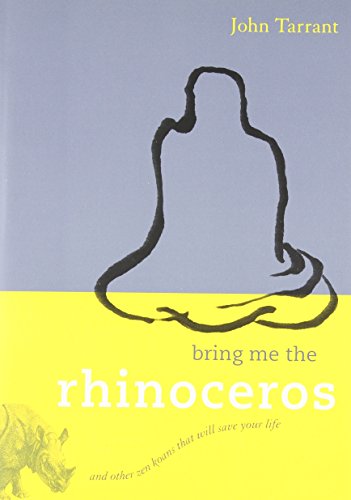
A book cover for Bring Me the Rhinoceros: And Other Zen Koans That Will Save Your Life; John Tarrant; Religion & Spirituality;